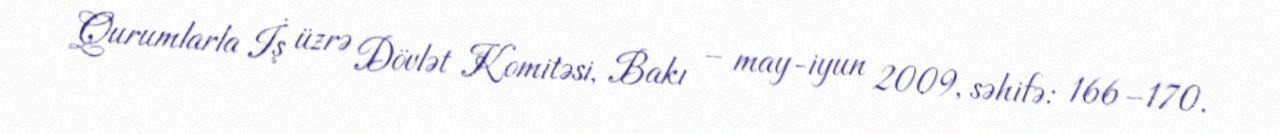
Qurumlarla İş üzrə Dövlət Komitəsi, Bakı – may-iyun 2009, səhifə: 166–170.